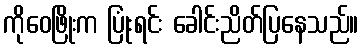
ကိုဝေဖြိုးက ပြုံးရင်း ခေါင်းညိတ်ပြနေသည်။